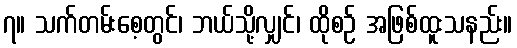
၇။ သက်တမ်းစေ့တွင်၊ ဘယ်သို့လျှင်၊ ထိုစဉ် အဖြစ်ထူးသနည်း။